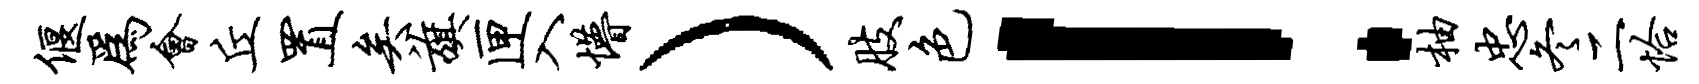
偃为会丘置矣旗匣入懵）肢色！柚忠冬二恰